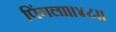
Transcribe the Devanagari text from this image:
पिंगला।।४८।।